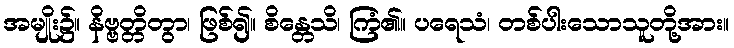
အမျိုး၌။ နိဗ္ဗတ္တိတွာ၊ ဖြစ်၍။ စိန္တေသိ၊ ကြံ၏။ ပရေသံ၊ တစ်ပါးသောသူတို့အား။